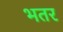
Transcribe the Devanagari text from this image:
भतर